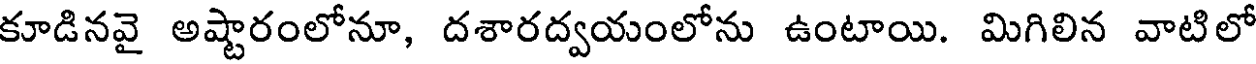
కూడినవై అష్టారంలోనూ, దశారద్వయంలోను ఉంటాయి. మిగిలిన వాటిలో